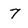
Character: 7